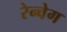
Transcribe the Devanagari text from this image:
रेन्वेग